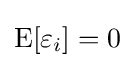
\operatorname {E} [\varepsilon _{i}]=0